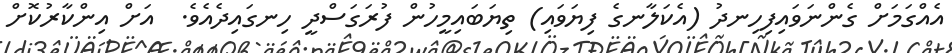
އެއްގަމަށް ގެންނަވައިފިހިނދު (އެކަލާނގެ ފިޔަވައި) ތިޔަބައިމީހުން ފުރަގަސްދީ ހިނގައިދެއެވެ.  އަށް އިންކާރުކޮށް